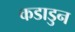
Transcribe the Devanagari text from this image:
कडाडुन